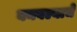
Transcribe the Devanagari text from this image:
बनवल्याचे